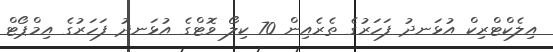
އިލެކްޓްރިކް އުޅަނދު ފަހަރުގެ ތެރެއިން 70 ކިލޯ ވޮޓްގެ އުޅަނދު ފަހަރުގެ އިމްޕޯޓް